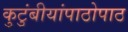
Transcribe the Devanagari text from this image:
कुटुंबीयांपाठोपाठ